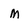
Character: M